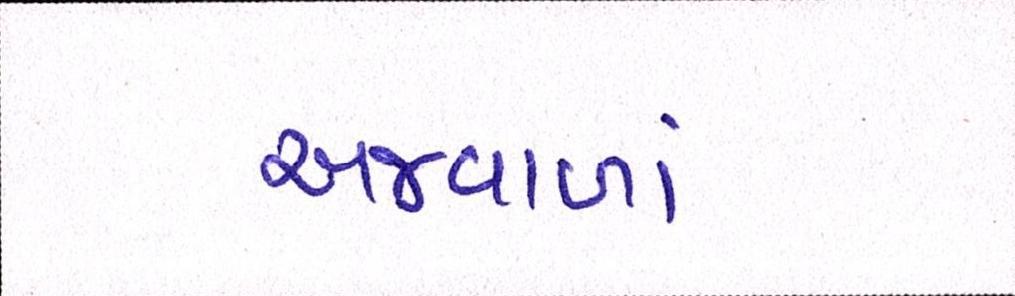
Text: અજવાળાં